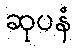
ဆုပနံ